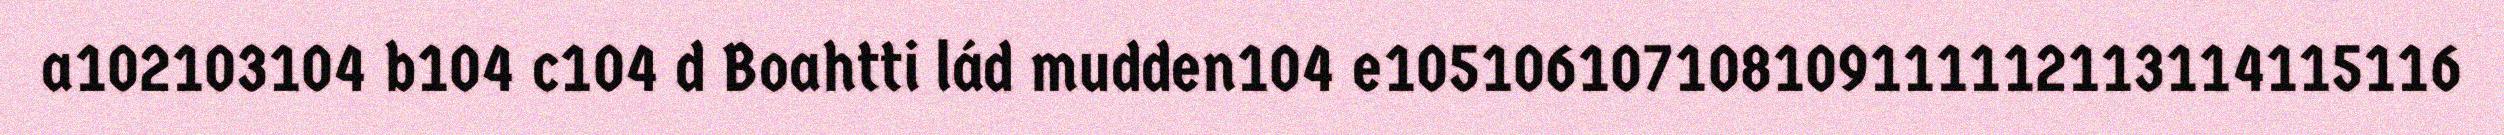
a102103104 b104 c104 d Boahtti lád mudden104 e105106107108109111112113114115116